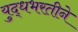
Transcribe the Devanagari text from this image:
युद्धभरतीने